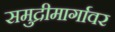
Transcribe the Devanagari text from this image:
समुद्रीमार्गावर